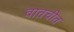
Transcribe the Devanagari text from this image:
वातचीत